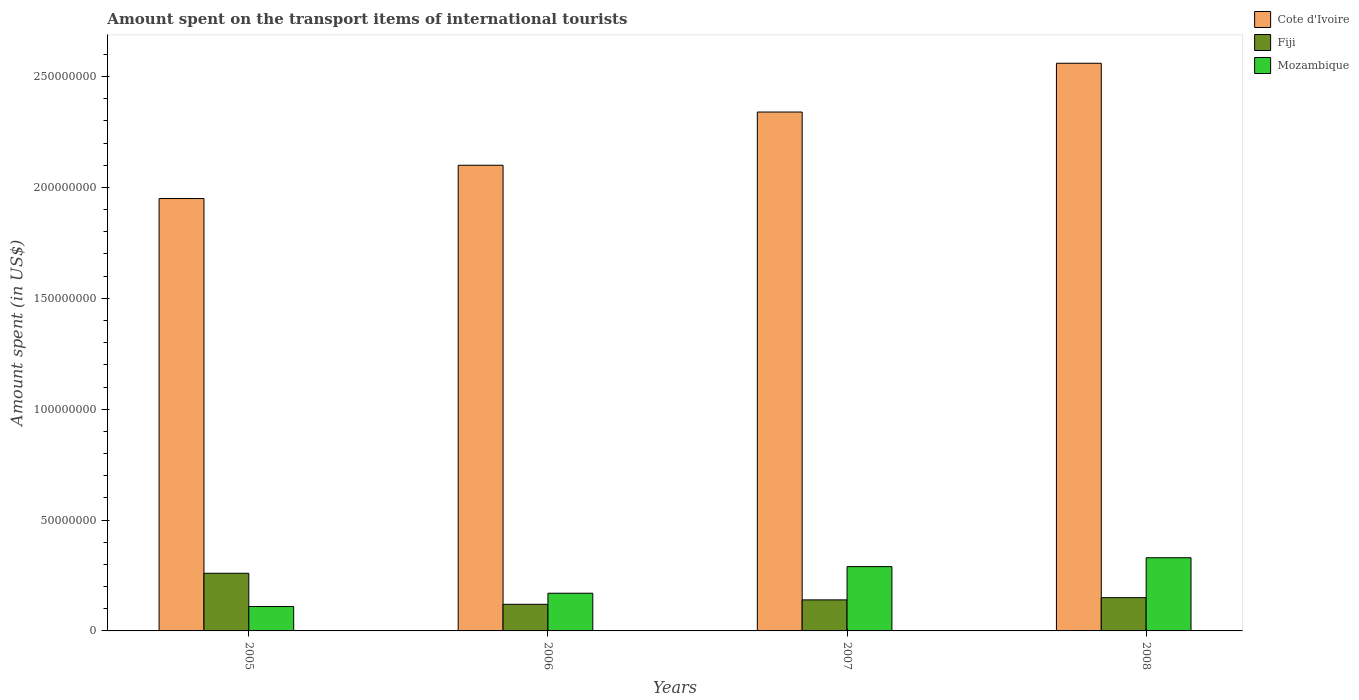
| Years | Cote d'Ivoire | Fiji | Mozambique |
 | --- | --- | --- | --- |
 | 2005 | 1.95e+08 | 2.6e+07 | 1.1e+07 |
 | 2006 | 2.1e+08 | 1.2e+07 | 1.7e+07 |
 | 2007 | 2.34e+08 | 1.4e+07 | 2.9e+07 |
 | 2008 | 2.56e+08 | 1.5e+07 | 3.3e+07 |